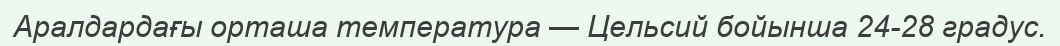
Аралдардағы орташа температура — Цельсий бойынша 24-28 градус.